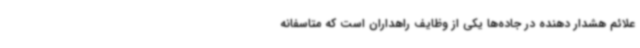
علائم هشدار دهنده در جاده‌ها یکی از وظایف راهداران است که متاسفانه